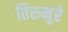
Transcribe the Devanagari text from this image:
तिरुमुरे